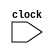
module clock_divider(
input wire clock, // 100MHz = 100M clock cycles/sectput reg divided_clock = 0// 1Hz => 0.5s on, 0.5s off
    );
integer counter = 0;
integer div_value = clocks_per_second / desired_clocks_per_second; // if we want div_clock to run once a second, div_value = clock cycles. ex. 1Hz = 1000

// runs every clock cycle
always @(posedge clock) // sensitivity list
begin
    if (counter == div_value)
        begin
            divided_clock = ~divided_clock; // flip signal
            counter <= 0;
        end
   else
        begin
            // = sequential assignment
            // <= parallel assignment
            divided_clock <= divided_clock;
            counter <= counter + 1;
        end
   end
        
endmodule